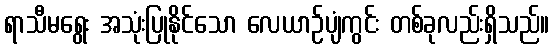
ရာသီမရွေး အသုံးပြုနိုင်သော လေယာဉ်ပျံကွင်း တစ်ခုလည်းရှိသည်။